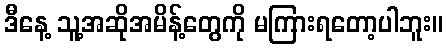
ဒီနေ့ သူ့အဆိုအမိန့်တွေကို မကြားရတော့ပါဘူး။